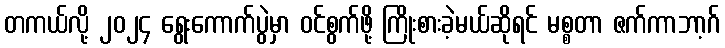
တကယ်လို့ ၂၀၂၄ ရွေးကောက်ပွဲမှာ ဝင်စွက်ဖို့ ကြိုးစားခဲ့မယ်ဆိုရင် မစ္စတာ ဇက်ကာဘာ့ဂ်